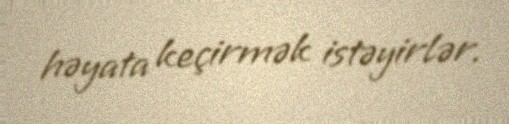
həyata keçirmək istəyirlər.